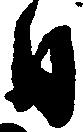
日